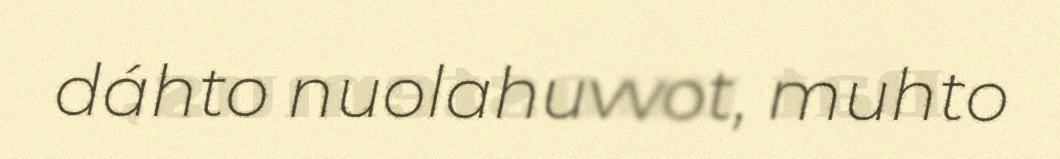
dáhto nuolahuvvot, muhto